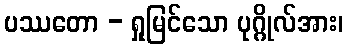
ပဿတော - ရှုမြင်သော ပုဂ္ဂိုလ်အား၊